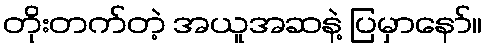
တိုးတက်တဲ့ အယူအဆနဲ့ ပြမှာနော်။